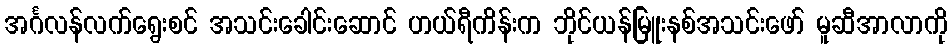
အင်္ဂလန်လက်ရွေးစင် အသင်းခေါင်းဆောင် ဟယ်ရီကိန်းက ဘိုင်ယန်မြူးနစ်အသင်းဖော် မူဆီအာလာကို